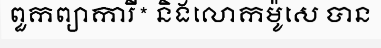
ពួកព្យាការី* និងលោកម៉ូសេ បាន